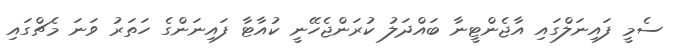
ސެމީ ފައިނަލްގައި އާޖެންޓީނާ ބައްދަލު ކުރަންޖެހޭނީ ކުއާޓާ ފައިނަންގެ ހަތަރު ވަނަ މެޗްގައި